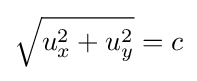
{\sqrt {u_{x}^{2}+u_{y}^{2}}}=c